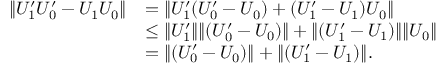
\begin{array} { r l } { \lVert U _ { 1 } ^ { \prime } U _ { 0 } ^ { \prime } - U _ { 1 } U _ { 0 } \rVert } & { = \lVert U _ { 1 } ^ { \prime } ( U _ { 0 } ^ { \prime } - U _ { 0 } ) + ( U _ { 1 } ^ { \prime } - U _ { 1 } ) U _ { 0 } \rVert } \\ & { \leq \lVert U _ { 1 } ^ { \prime } \rVert \lVert ( U _ { 0 } ^ { \prime } - U _ { 0 } ) \rVert + \lVert ( U _ { 1 } ^ { \prime } - U _ { 1 } ) \rVert \lVert U _ { 0 } \rVert } \\ & { = \lVert ( U _ { 0 } ^ { \prime } - U _ { 0 } ) \rVert + \lVert ( U _ { 1 } ^ { \prime } - U _ { 1 } ) \rVert . } \end{array}